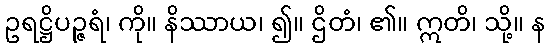
ဥရဋ္ဌိပဉ္ဇရံ၊ ကို။ နိဿာယ၊ ၍။ ဌိတံ၊ ၏။ ဣတိ၊ သို့။ န